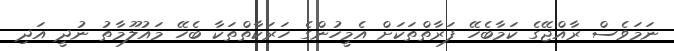
ނަމަވެސް ރާއްޖޭގެ ކަމާބެހޭ ފަރާތްތަކަށް އެމީހުންގެ ހަރަކާތްތަކާ ބެހޭ މައުލޫމާތު ނުދީ އަދި